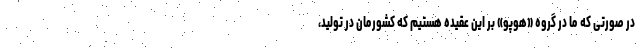
در صورتی که ما در گروه «هوپو» بر این عقیده هستیم که کشورمان در تولید،